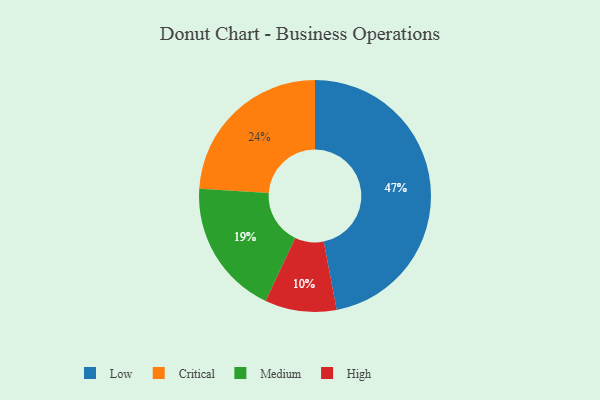
{"axis": {"x": "Category", "y": "Percentage"}, "legend": ["Critical", "High", "Low", "Medium"], "data": [{"x": "Low", "y": 47, "type": "Low"}, {"x": "Critical", "y": 24, "type": "Critical"}, {"x": "High", "y": 10, "type": "High"}, {"x": "Medium", "y": 19, "type": "Medium"}]}